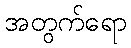
အတွက်ရော